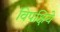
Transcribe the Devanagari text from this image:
विपक्षिये